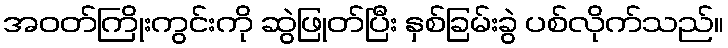
အဝတ်ကြိုးကွင်းကို ဆွဲဖြုတ်ပြီး နှစ်ခြမ်းခွဲ ပစ်လိုက်သည်။